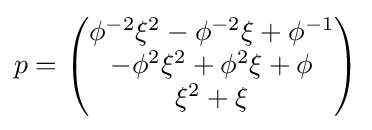
p={\begin{pmatrix}\phi ^{-2}\xi ^{2}-\phi ^{-2}\xi +\phi ^{-1}\\-\phi ^{2}\xi ^{2}+\phi ^{2}\xi +\phi \\\xi ^{2}+\xi \end{pmatrix}}